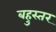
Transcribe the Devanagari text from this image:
बहुस्तर